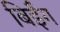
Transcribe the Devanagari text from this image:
बिईँग